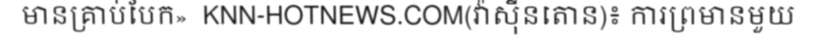
មានគ្រាប់បែក»  KNN-HOTNEWS.COM(វ៉ាស៊ីនតោន)៖ ការព្រមានមួយ